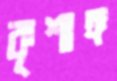
কৃশাঙ্গ